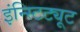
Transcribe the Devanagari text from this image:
इंन्स्टिट्यूट